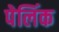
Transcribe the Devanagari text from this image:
पेलिंक